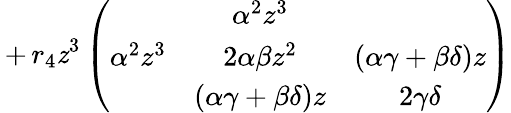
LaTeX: \, +\, r_{4}\mathit{z}^{3}\left(\begin{array}{ccc}{{}}&{{\alpha^{2}z^{3}}}&{{}}\\ {{\alpha^{2}z^{3}}}&{{2\alpha\beta z^{2}}}&{{(\alpha\gamma+\beta\delta)z}}\\ {{}}&{{(\alpha\gamma+\beta\delta)z}}&{{2\gamma\delta}}\end{array}\right)